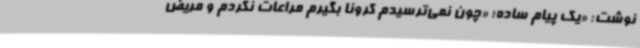
نوشت: «یک پیام ساده؛ «چون نمی‌ترسیدم کرونا بگیرم مراعات نکردم و مریض